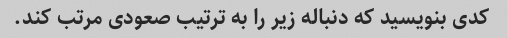
کدی بنویسید که دنباله زیر را به ترتیب صعودی مرتب کند.